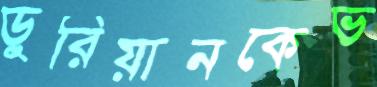
ডুরিয়ানকেভ